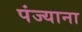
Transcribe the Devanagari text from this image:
पंज्याना